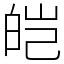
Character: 皑